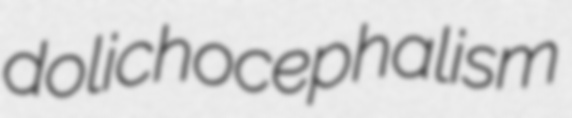
dolichocephalism